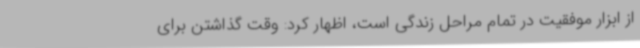
از ابزار موفقیت در تمام مراحل زندگی است، اظهار کرد: وقت گذاشتن برای